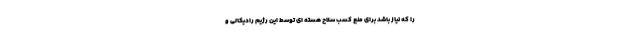
را که نیاز باشد برای منع کسب سلاح هسته ای توسط این رژیم رادیکالی و